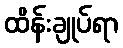
ထိန်းချုပ်ရာ